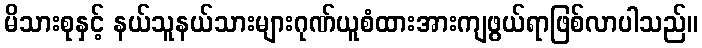
မိသားစုနှင့် နယ်သူနယ်သားများဂုဏ်ယူစံထားအားကျဖွယ်ရာဖြစ်လာပါသည်။